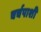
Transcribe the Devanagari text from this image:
चर्चपाशी